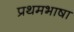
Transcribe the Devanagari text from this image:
प्रथमभाषा